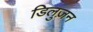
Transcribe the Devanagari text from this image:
डिलुज़न